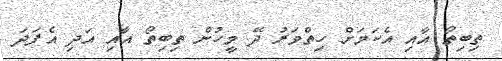
ތިބިތޯ އާއި އެކަމަށް ހިތްވަރު ދޭ މީހުން ތިބިތޯ އާއި އަދި އެފަދަ